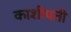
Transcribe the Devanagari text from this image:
काशीपती